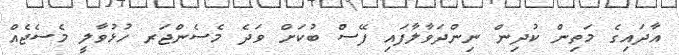
އާދައިގެ މަތިން ކުދިން ނިންދަވާލާފައި ފޭސް ބުކަށް ވަދެ މެސެންޖަރ ހުޅުވާލީ މެސެޖެއް